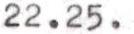
22.25.